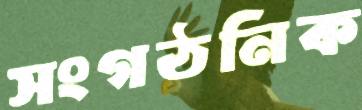
সংগঠনিক